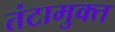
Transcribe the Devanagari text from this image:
तंटामुक्‍त